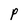
Character: P